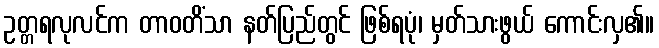
ဥတ္တရလုလင်က တာဝတိံသာ နတ်ပြည်တွင် ဖြစ်ရပုံ၊ မှတ်သားဖွယ် ကောင်းလှ၏။